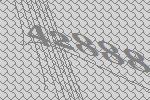
42888